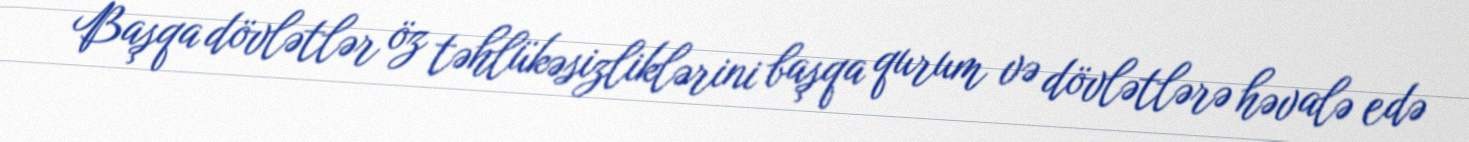
Başqa dövlətlər öz təhlükəsizliklərini başqa qurum və dövlətlərə həvalə edə